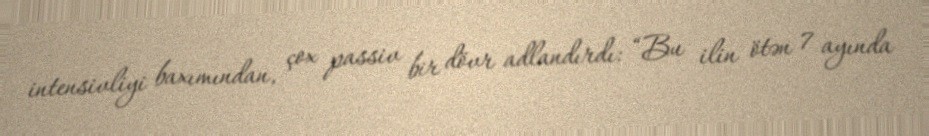
intensivliyi baxımından, çox passiv bir dövr adlandırdı: “Bu ilin ötən 7 ayında